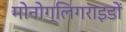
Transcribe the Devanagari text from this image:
मोनोग्लिगराइडों